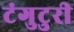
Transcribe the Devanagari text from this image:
टंगुटुरी